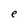
Character: e